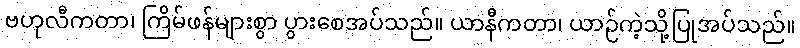
ဗဟုလီကတာ၊ ကြိမ်ဖန်များစွာ ပွားစေအပ်သည်။ ယာနီကတာ၊ ယာဉ်ကဲ့သို့ပြုအပ်သည်။